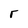
Character: r